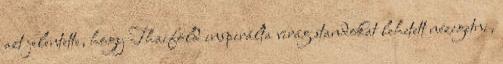
azt jelentette, hogy Thaiföld inspirálta virág standokat lehetett nézegetni,